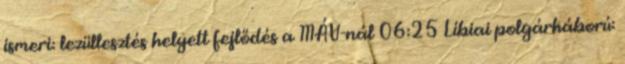
ismeri: lezüllesztés helyett fejlődés a MÁV-nál 06:25 Líbiai polgárháború: